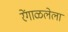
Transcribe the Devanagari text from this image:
रेंगाळलेला